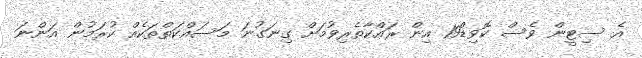
އެ ސިޓީން ވެސް ކޮވިޑް19 އިން ރައްކާތެރިވުމަށް ގިނަގުނަ މަސައްކަތްތަކެއް ކުރަމުން އަންނަ